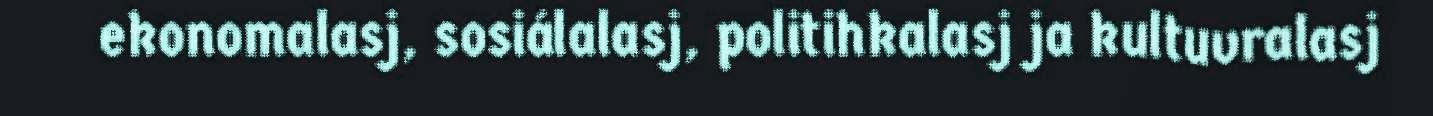
ekonomalasj, sosiálalasj, politihkalasj ja kultuvralasj